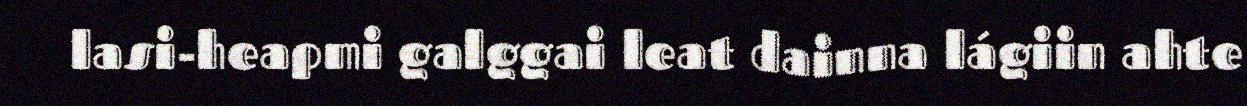
lasi-heapmi galggai leat dainna lágiin ahte